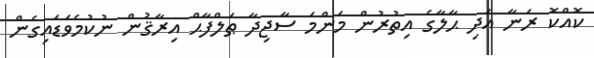
ކޮއްކޮ ރަނާ އަދި ޙާލާގެ އިތުރުން މަންމަ ސާޖިދާ ޠަލްފާޙް އިރާޤުން ނުކުމެވަޑައިގެން